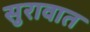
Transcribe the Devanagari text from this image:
सुरावात